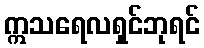
ဣသရေလရှင်ဘုရင်